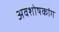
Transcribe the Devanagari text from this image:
अवशोषकांग